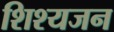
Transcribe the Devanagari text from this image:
शिश्यजन